Riigikantselei, lk 45
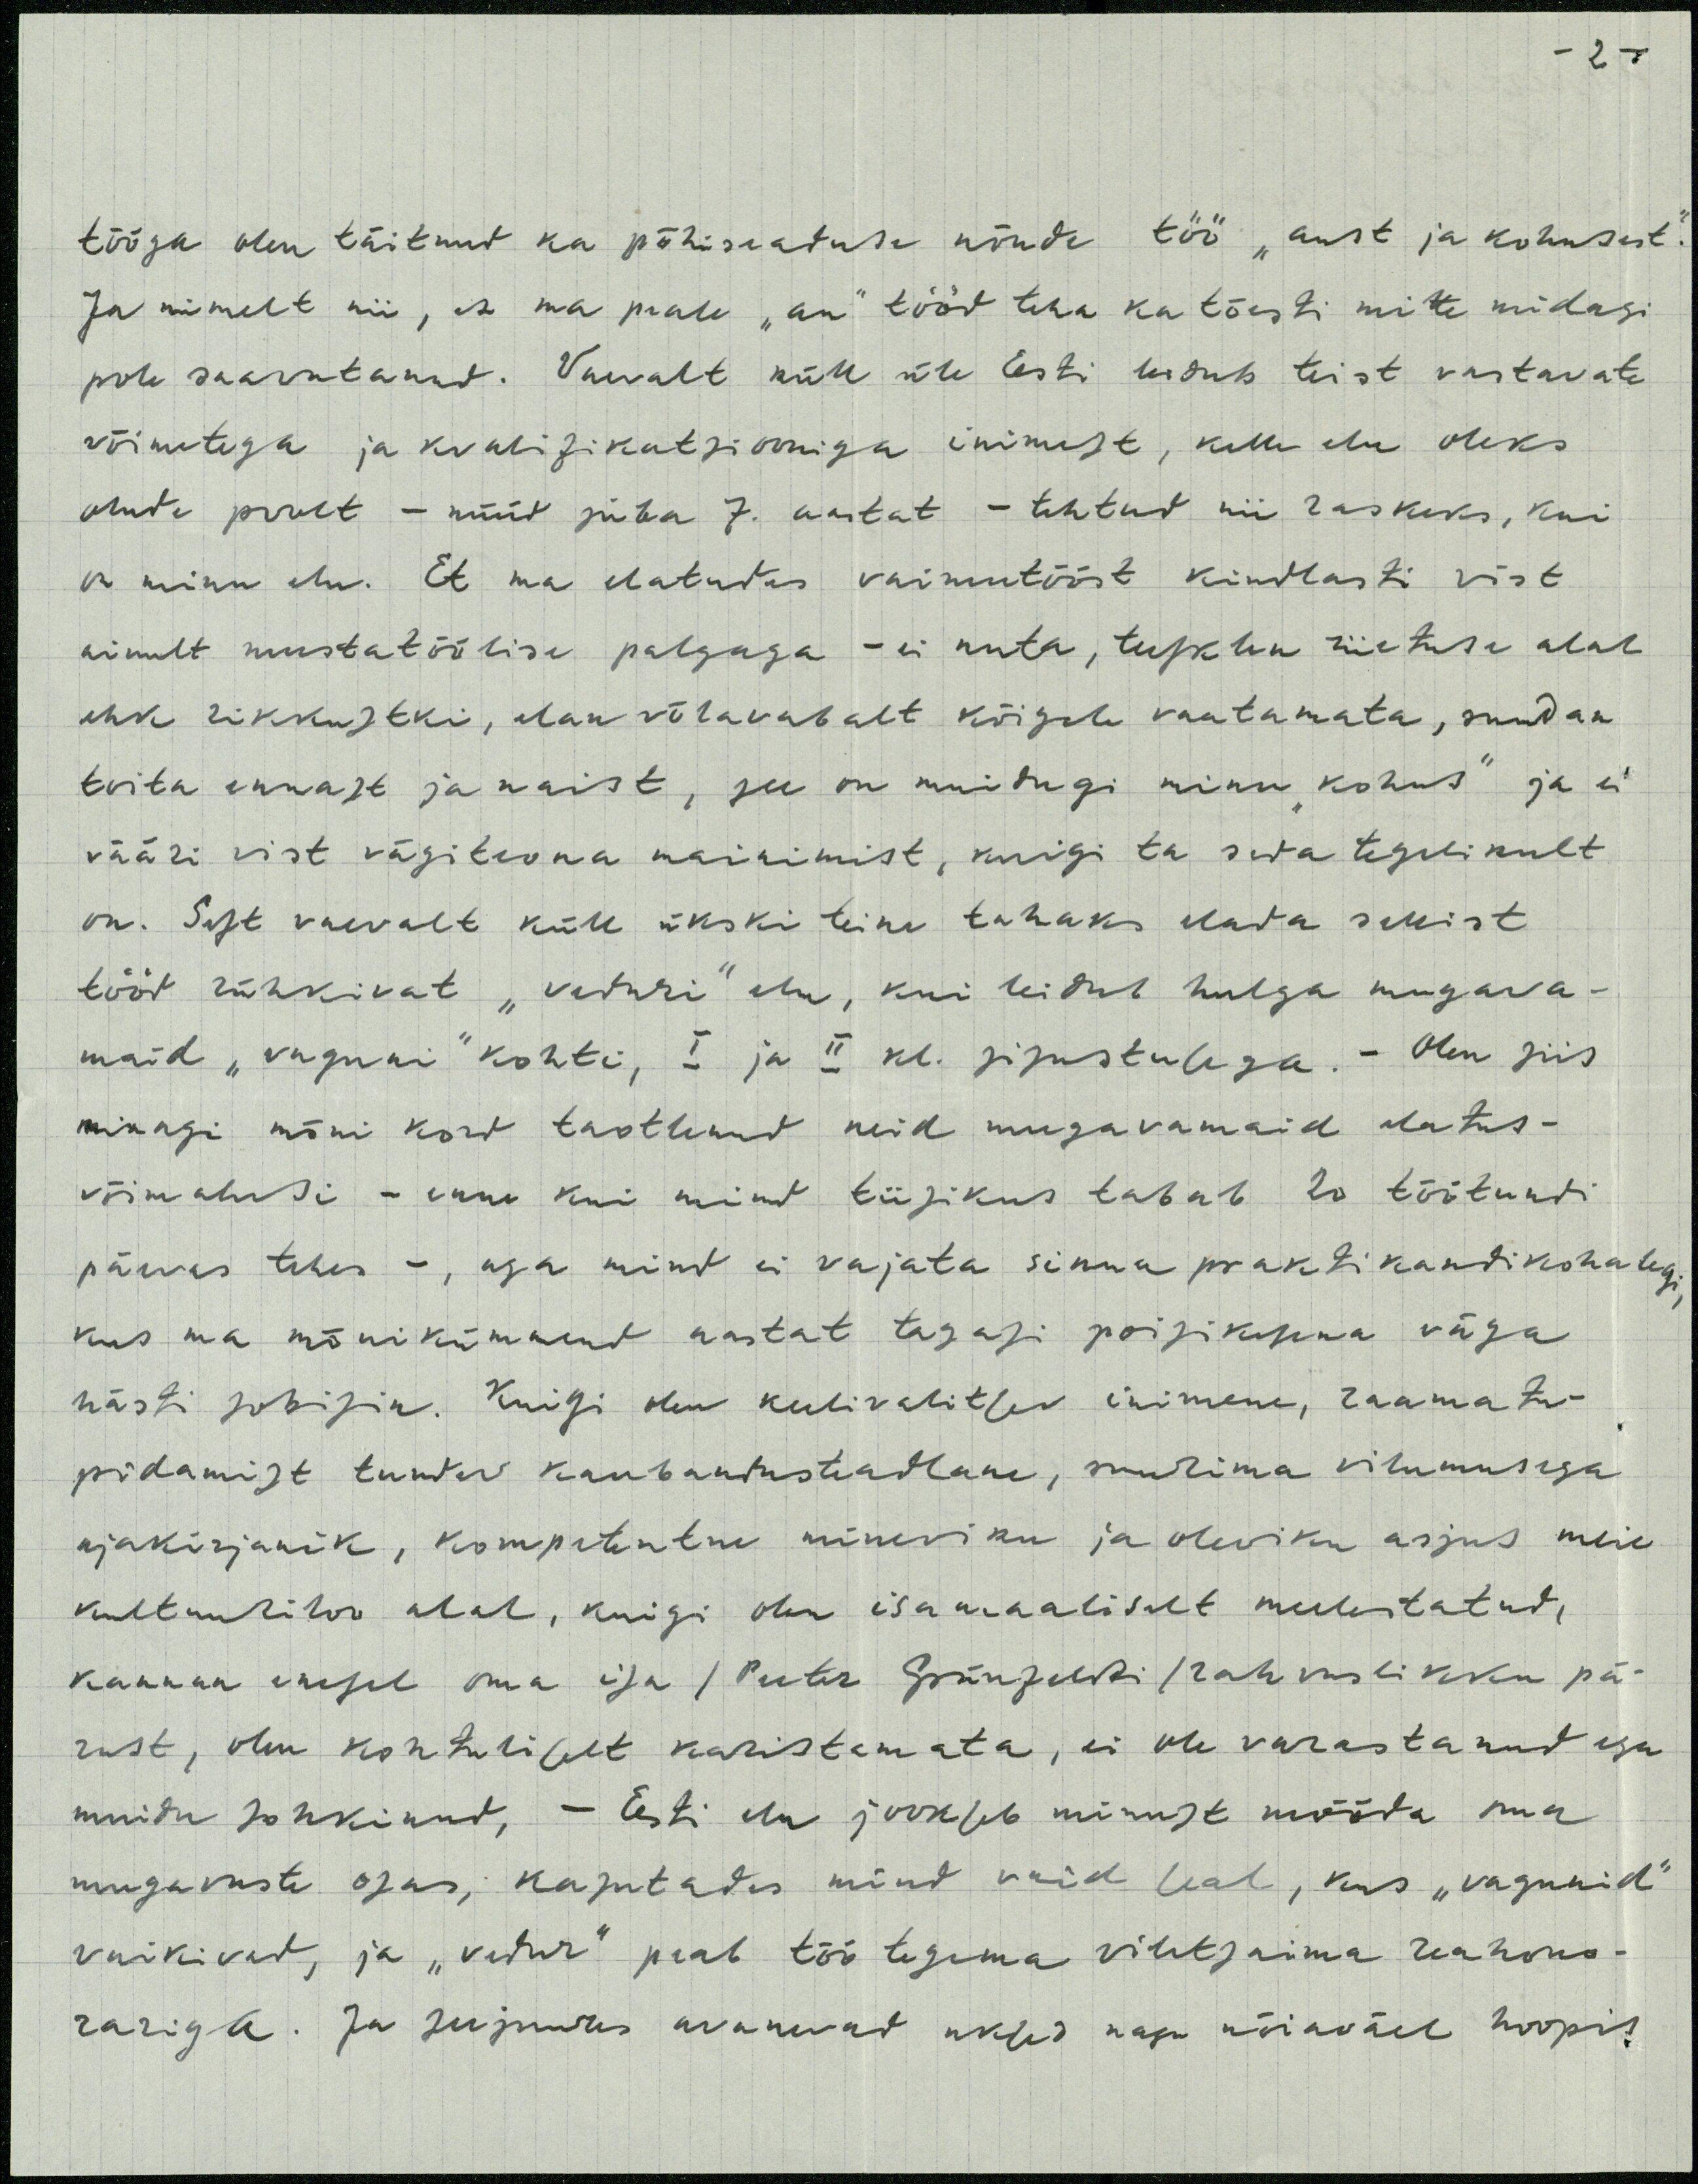
tööga olen täitnud ka põhiseaduse nõude töö "aust ja kohusest"
Ja nimelt nii, et ma peale "au" tööd teha ka tõesti mitte midagi
pole saavutanud. Vaevalt küll üle Eesti leidub teist vastavate
võimetega ja kvalifikatsiooniga inimest, kelle elu oleks
olude poolt - nüüd juba 7. aastat - tehtud nii raskeks, kui
on minu elu. Et ma elatudes vaimutööst kindlasti vist
ainult mustatöölise palgaga - ei nuta, tukku riietuse alal
ehk rikkustki, elan võlavabalt kõigele vaatamata, suudan
toita ennast ja naist, see on muidugi minu "kohus" ja ei
vääri vist vägiteona mainimist, kuigi ta seda tegelikult
on. Sest vaevalt küll ükski teine tahaks elada sellist
tööd rühkivat "veduri" elu, kui leidub hulga magava-
maid "vaguni" kohti, I ja II. kl. sisustusega - Olen siis
minagi nõni kord taotlenud neid mugavamaid elatus-
võimalusi - enne kui mind tiisikus tabab 20 töötundi
päevas tehes -, aga mind ei vajata sinna praktikandikohalegi,
kus ma mõnikümmend aastat tagasi poisikesena väga
nästi sobisin. Kuigi olen keelivalitsev inimene, raamatu-
pidamist tundev kaubandusteadlane, suurima vilumusega
ajakirjanik, kompetentne mineviku ja oleviku asjus meie
kultuuriloo alal, kuigi olen isamaaliselt meelestatud,
kannan enesel oma isa /Peeter Grünfeldi/rahvuslikku pä-
rast, olen kohtuliselt karistamata, ei ole varastanud ega
muidu sohkinud, - Eesti ela jookseb minust mõõda oma
mugavuste osas, kasutades mind vaid seal, kus "vagunid"
vaikivad, ja "vedur" peab töö tegema lihtsaima reakorra-
rariga. Ja kusjuures avanevad uksed nagu nõiaväel hoopis-